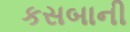
કસબાની